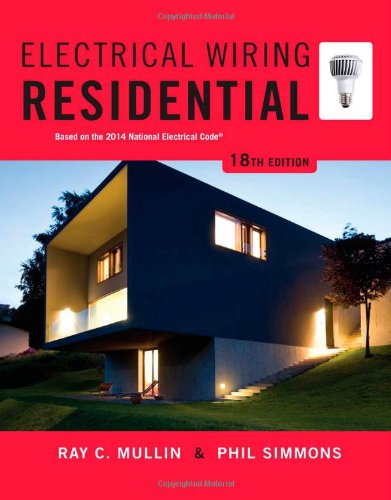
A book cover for Electrical Wiring Residential; Ray C. Mullin; Engineering & Transportation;